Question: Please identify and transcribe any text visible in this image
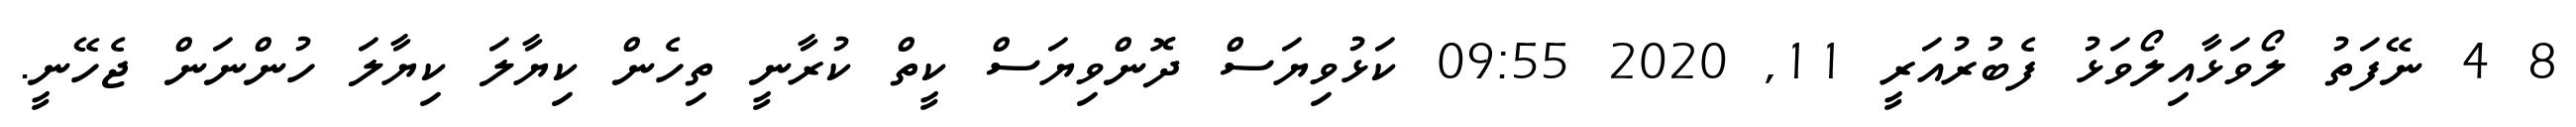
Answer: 8 4 ނޭފަތު ލޯވަޅާއިލޯވަޅު ފެބުރުއަރީ 11, 2020 09:55 ކަޅުވިޔަސް ދޮންވިޔަސް ކީތް ކުރާނީ ތިހެން ކިޔާލަ ކިޔާލަ ހުންނަން ޖެހޭނީ.